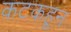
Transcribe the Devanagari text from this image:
कटकहून